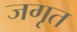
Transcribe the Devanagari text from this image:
जगृत